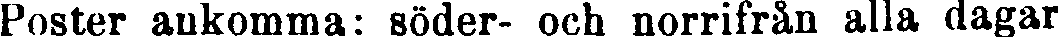
Poster ankomma: söder- och norrifrån alla dagar